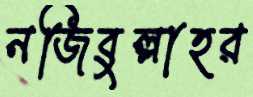
নজিবুল্লাহর